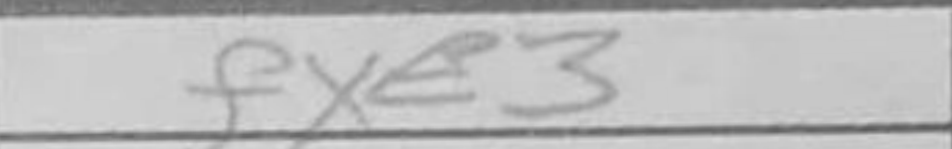
Transcription: fxe3